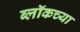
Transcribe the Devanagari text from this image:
ब्लॉकच्या